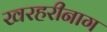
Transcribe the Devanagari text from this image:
खरहरीनाग